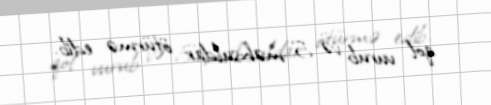
qol vurub və 5 məhsuldar ötürmə edib.